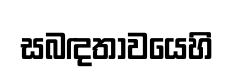
සබඳතාවයෙහි